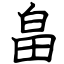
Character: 畠